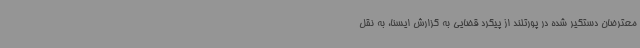
معترضان دستگیر شده در پورتلند از پیگرد قضایی به گزارش ایسنا، به نقل